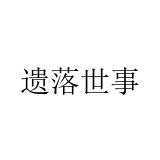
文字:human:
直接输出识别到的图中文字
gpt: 遗落世事